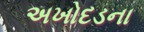
અખોદડના